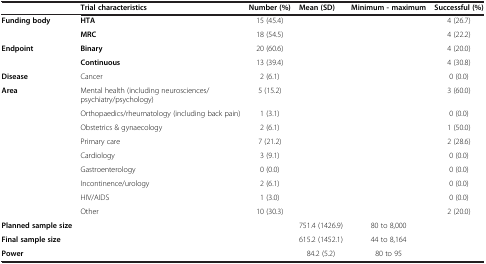
<table><thead><tr><td><b> </b></td><td><b>Trial characteristics</b></td><td><b>Number (%)</b></td><td><b>Mean (SD)</b></td><td><b>Minimum - maximum</b></td><td><b>Successful (%)</b></td></tr></thead><tbody><tr><td rowspan="2"><b>Funding body</b></td><td><b>HTA</b></td><td>15 (45.4)</td><td> </td><td> </td><td>4 (26.7)</td></tr><tr><td><b>MRC</b></td><td>18 (54.5)</td><td> </td><td> </td><td>4 (22.2)</td></tr><tr><td rowspan="2"><b>Endpoint</b></td><td><b>Binary</b></td><td>20 (60.6)</td><td> </td><td> </td><td>4 (20.0)</td></tr><tr><td><b>Continuous</b></td><td>13 (39.4)</td><td> </td><td> </td><td>4 (30.8)</td></tr><tr><td><b>Disease</b></td><td>Cancer</td><td>2 (6.1)</td><td> </td><td> </td><td>0 (0.0)</td></tr><tr><td><b>Area</b></td><td>Mental health (including neurosciences/psychiatry/psychology)</td><td>5 (15.2)</td><td> </td><td> </td><td>3 (60.0)</td></tr><tr><td> </td><td>Orthopaedics/rheumatology (including back pain)</td><td>1 (3.1)</td><td> </td><td> </td><td>0 (0.0)</td></tr><tr><td> </td><td>Obstetrics &amp; gynaecology</td><td>2 (6.1)</td><td> </td><td> </td><td>1 (50.0)</td></tr><tr><td> </td><td>Primary care</td><td>7 (21.2)</td><td> </td><td> </td><td>2 (28.6)</td></tr><tr><td> </td><td>Cardiology</td><td>3 (9.1)</td><td> </td><td> </td><td>0 (0.0)</td></tr><tr><td> </td><td>Gastroenterology</td><td>0 (0.0)</td><td> </td><td> </td><td>0 (0.0)</td></tr><tr><td> </td><td>Incontinence/urology</td><td>2 (6.1)</td><td> </td><td> </td><td>0 (0.0)</td></tr><tr><td> </td><td>HIV/AIDS</td><td>1 (3.0)</td><td> </td><td> </td><td>0 (0.0)</td></tr><tr><td> </td><td>Other</td><td>10 (30.3)</td><td> </td><td> </td><td>2 (20.0)</td></tr><tr><td><b>Planned sample size</b></td><td> </td><td> </td><td>751.4 (1426.9)</td><td>80 to 8,000</td><td> </td></tr><tr><td><b>Final sample size</b></td><td> </td><td> </td><td>615.2 (1452.1)</td><td>44 to 8,164</td><td> </td></tr><tr><td><b>Power</b></td><td> </td><td> </td><td>84.2 (5.2)</td><td>80 to 95</td><td> </td></tr></tbody></table>